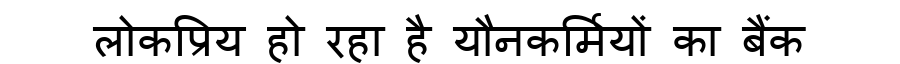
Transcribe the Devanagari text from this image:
लोकप्रिय हो रहा है यौनकर्मियों का बैंक